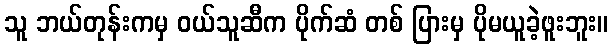
သူ ဘယ်တုန်းကမှ ဝယ်သူဆီက ပိုက်ဆံ တစ် ပြားမှ ပိုမယူခဲ့ဖူးဘူး။